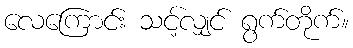
လေကြောင်း သင့်လျှင် ရွက်တိုက်။